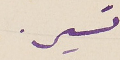
تسير.